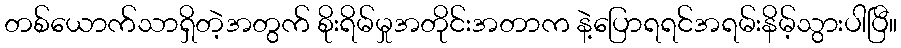
တစ်ယောက်သာရှိတဲ့အတွက် စိုးရိမ်မှုအတိုင်းအတာက နဲ့ပြောရရင်အရမ်းနိမ့်သွားပါပြီ။